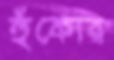
হুঁকোর